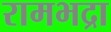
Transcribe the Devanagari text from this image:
रामभद्रा